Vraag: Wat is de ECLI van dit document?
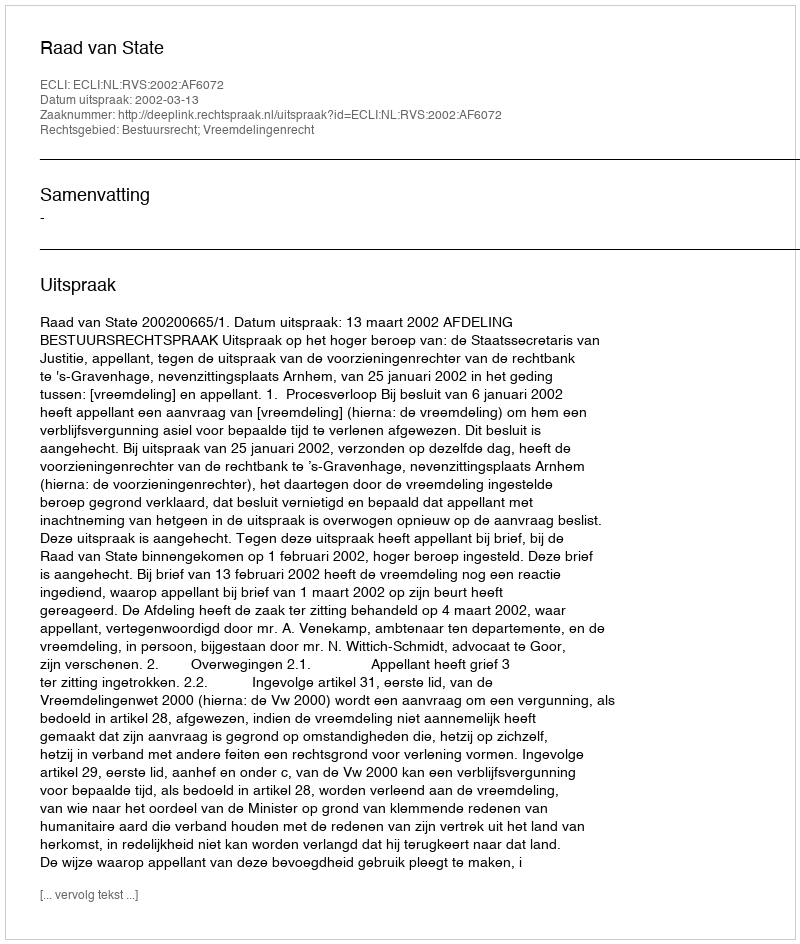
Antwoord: ECLI:NL:RVS:2002:AF6072